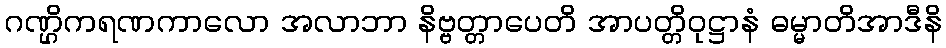
ဂဏ္ဌိကရဏကာလော အလာဘာ နိဗ္ဗတ္တာပေတိ အာပတ္တိဝုဋ္ဌာနံ ဓမ္မာတိအာဒီနိ